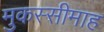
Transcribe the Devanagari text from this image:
मुकस्सीमाह